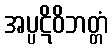
အပ္ပဋိဝိဘတ္တံ